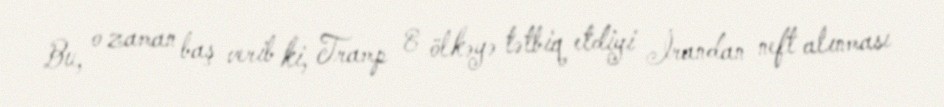
Bu, o zaman baş verib ki, Tramp 8 ölkəyə tətbiq etdiyi İrandan neft alınması